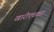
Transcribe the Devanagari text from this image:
खारीएवढ्या